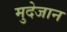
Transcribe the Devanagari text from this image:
मुदेजान